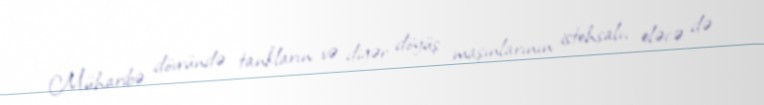
Müharibə dövründə tankların və digər döyüş maşınlarının istehsalı, eləcə də